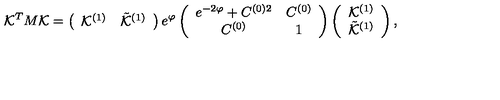
{ \cal K } ^ { T } M { \cal K } = \left( \begin{array} { c c } { { \cal K } ^ { ( 1 ) } } & { { \tilde { \cal K } } ^ { ( 1 ) } } \\ \end{array} \right) e ^ { \varphi } \left( \begin{array} { c c } { e ^ { - 2 \varphi } + C ^ { ( 0 ) 2 } } & { C ^ { ( 0 ) } } \\ { C ^ { ( 0 ) } } & { 1 } \\ \end{array} \right) \left( \begin{array} { c } { { \cal K } ^ { ( 1 ) } } \\ { { \tilde { \cal K } } ^ { ( 1 ) } } \\ \end{array} \right) ,